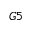
G 5